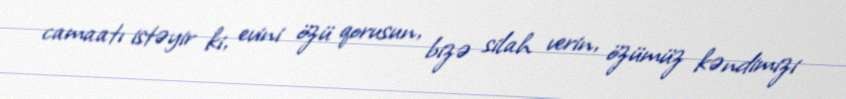
camaatı istəyir ki, evini özü qorusun, bizə silah verin, özümüz kəndimizi